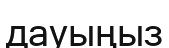
дауыңыз